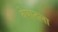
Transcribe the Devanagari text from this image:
वेषातला